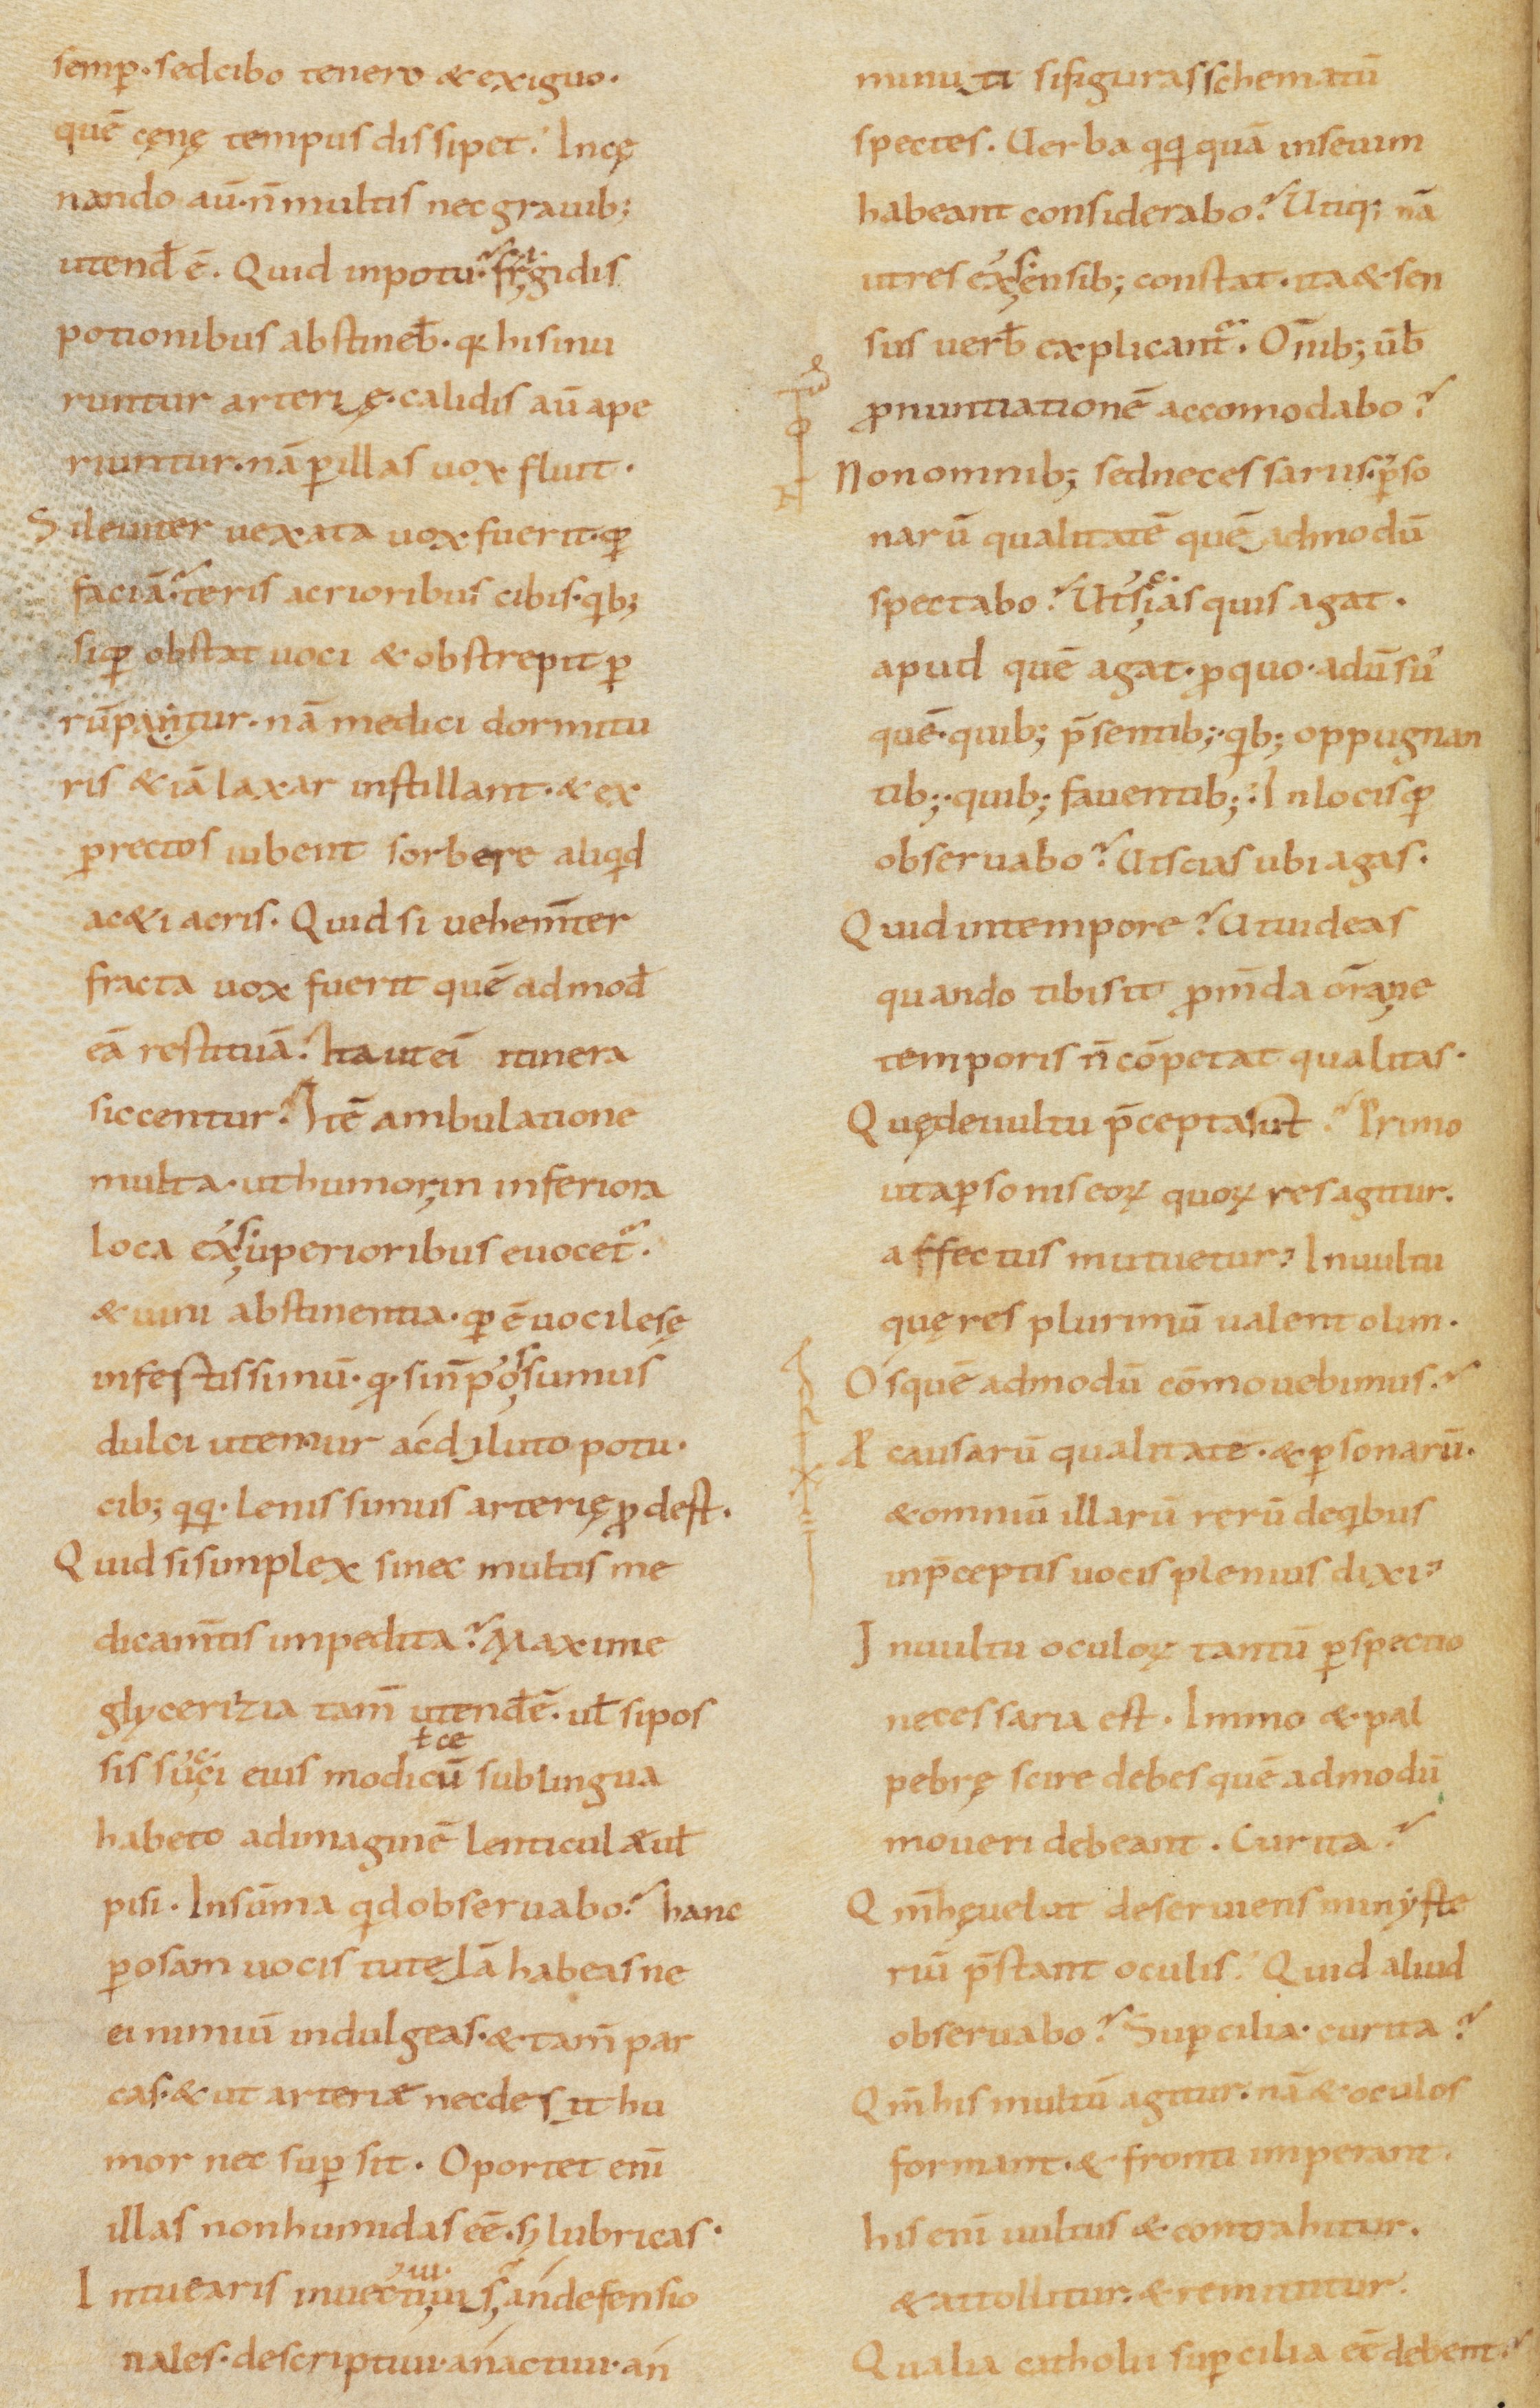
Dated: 900–999